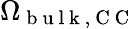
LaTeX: \Omega_{\mathrm{~b~u~l~k~,~C~C~}}